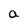
Character: a